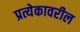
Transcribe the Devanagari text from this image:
प्रत्येकावरील